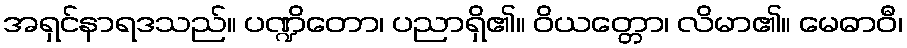
အရှင်နာရဒသည်။ ပဏ္ဍိတော၊ ပညာရှိ၏။ ဝိယတ္တော၊ လိမာ၏။ မေဓာဝီ၊